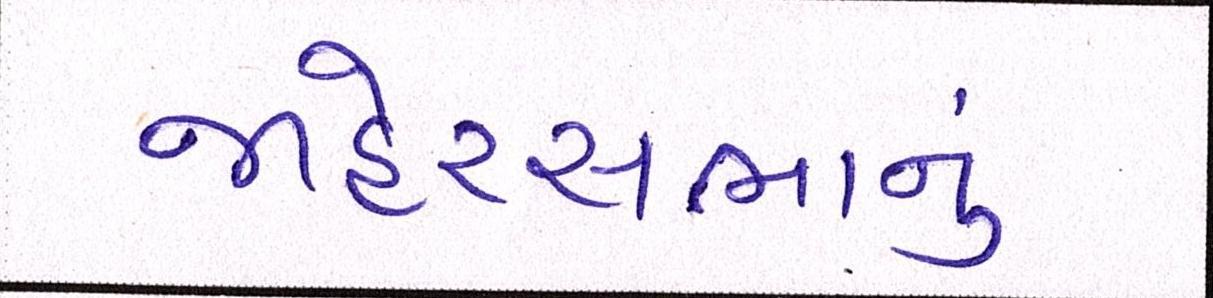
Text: જાહેરસભાનું